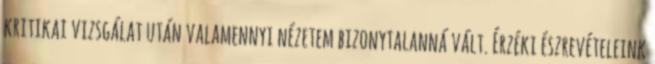
kritikai vizsgálat után valamennyi nézetem bizonytalanná vált. Érzéki észrevételeink